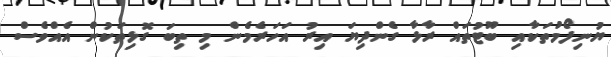
ޔުނިފޯމުތަކާއި ބޫޓުތައް ރާޅާ ގެންދިޔަ އިރު އަހަރެމެން މި ތިބަ ގޮޅިތަކުން އެއްވެސް